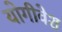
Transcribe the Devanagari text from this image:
योगीवेश